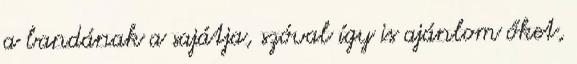
a bandának a sajátja, szóval így is ajánlom őket,